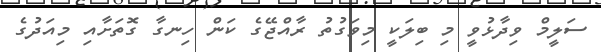
ސަލީމް ވިދާޅުވީ މި ބިލަކީ މިވަގުތު ރާއްޖޭގެ ކަން ހިނގާ ގޮތަށާއި މިއަދުގެ